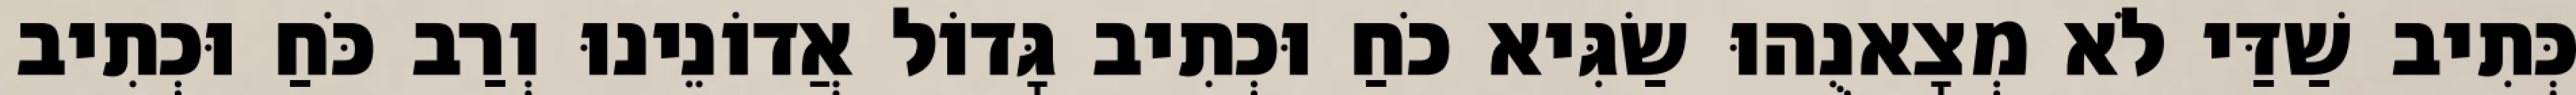
כְּתִיב שַׁדַּי לֹא מְצָאנֻהוּ שַׂגִּיא כֹחַ וּכְתִיב גָּדוֹל אֲדוֹנֵינוּ וְרַב כֹּחַ וּכְתִיב